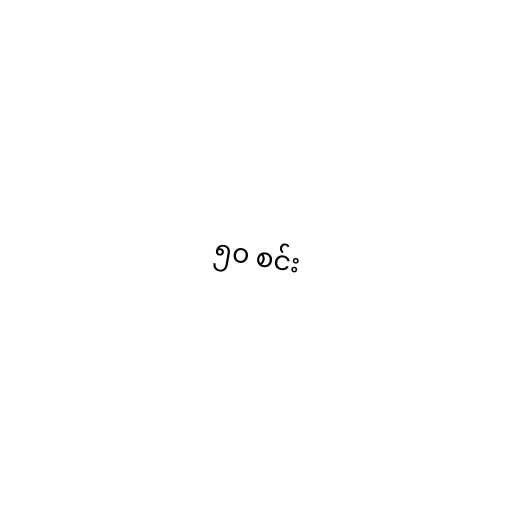
၅၀ စင်း